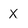
Character: X